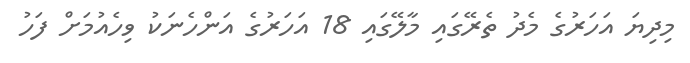
މިދިޔަ އަހަރުގެ މެދު ތެރޭގައި މާލޭގައި 18 އަހަރުގެ އަންހެނަކު ވިހެއުމަށް ފަހު